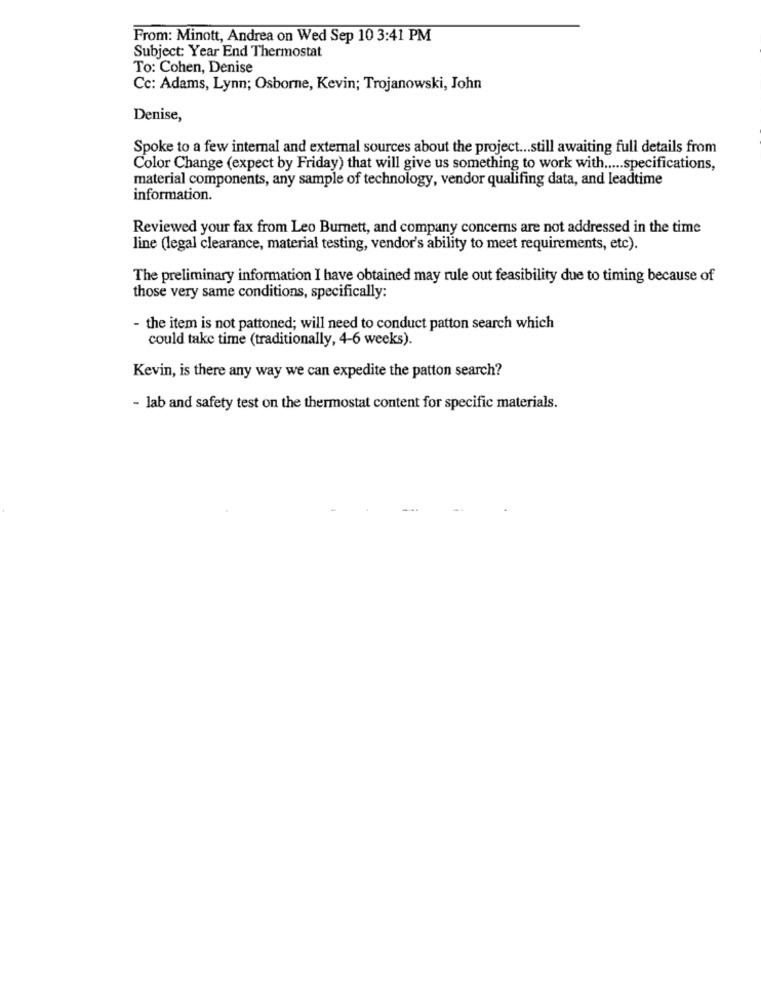
From: Minott, Andrea on Wed Sep 10 3:41 PM
Subject: Year End Thermostat
To: Cohen, Denise
Cc: Adams, Lynn; Osborne, Kevin; Trojanowski, John
Denise,
Spoke to a few internal and external sources about the project ... still awaiting full details from
Color Change (expect by Friday) that will give us something to work with ..... specifications,
material components, any sample of technology, vendor qualifing data, and leadtime
information.
Reviewed your fax from Leo Burnett, and company concerns are not addressed in the time
line (legal clearance, material testing, vendor's ability to meet requirements, etc).
The preliminary information I have obtained may rule out feasibility due to timing because of
those very same conditions, specifically:
- the item is not pattoned; will need to conduct patton search which
could take time (traditionally, 4-6 weeks).
Kevin, is there any way we can expedite the patton search?
- lab and safety test on the thermostat content for specific materials.